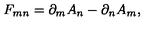
F _ { m n } = \partial _ { m } A _ { n } - \partial _ { n } A _ { m } ,